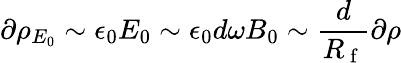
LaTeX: \partial\rho_{E_{0}}\sim\epsilon_{0}E_{0}\sim\epsilon_{0}d\omega B_{0}\sim\frac{d}{R_{\mathrm{~f~}}}\partial\rho